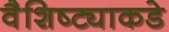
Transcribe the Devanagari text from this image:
वैशिष्ट्याकडे